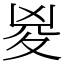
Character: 㚇